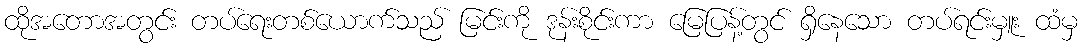
ထိုအတောအတွင်း တပ်ရေးတစ်ယောက်သည် မြင်းကို ဒုန်းစိုင်းကာ မြေပြန့်တွင် ရှိနေသော တပ်ရင်းမှူး ထံမှ